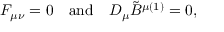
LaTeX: F _ { \mu \nu } = 0 \quad \mathrm { a n d } \quad D _ { \mu } \tilde { B } ^ { \mu ( 1 ) } = 0 ,